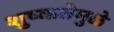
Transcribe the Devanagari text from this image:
शुष्कतेमुळे